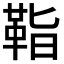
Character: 𩊝